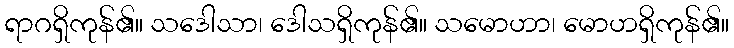
ရာဂရှိကုန်၏။ သဒေါသာ၊ ဒေါသရှိကုန်၏။ သမောဟာ၊ မောဟရှိကုန်၏။